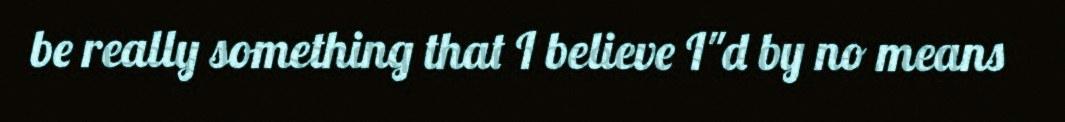
be really something that I believe I"d by no means